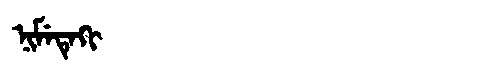
Manchu: ᠨᡳᠮᡝᡨᡝᡴᡳ
Romanization: NIMETEKI